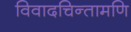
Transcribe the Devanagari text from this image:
विवादचिन्तामणि